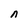
Character: n